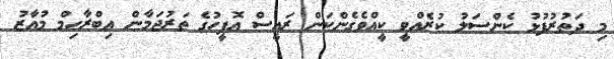
މި ދަތުރުފުޅު ކެންސަލު ކުރެއްވީ ކީއްވެގެންކަން ރައީސް އޮފީހުގެ ތަރުޖަމާން އިބްރާހިމް މުއާޒު